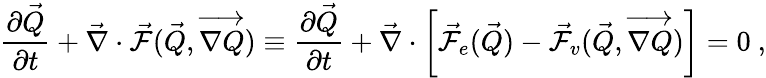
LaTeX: \frac{\partial\vec{Q}}{\partial t}+\vec{\nabla}\cdot\vec{\mathcal{F}}(\vec{Q},\overrightarrow{\nabla Q})\equiv\frac{\partial\vec{Q}}{\partial t}+\vec{\nabla}\cdot\left[\vec{\mathcal{F}}_{e}(\vec{Q})-\vec{\mathcal{F}}_{v}(\vec{Q},\overrightarrow{\nabla Q})\right]=0\mathrm{~,}